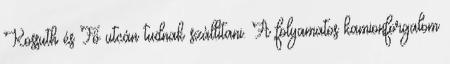
Kossuth és Fő utcán tudnak szállítani. A folyamatos kamionforgalom